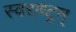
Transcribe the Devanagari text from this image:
स्वराष्ट्रम्‌